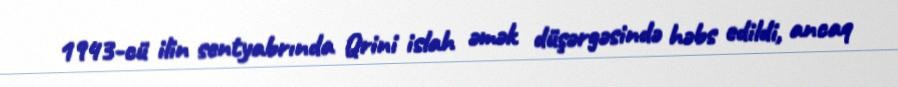
1943-cü ilin sentyabrında Qrini islah əmək düşərgəsində həbs edildi, ancaq